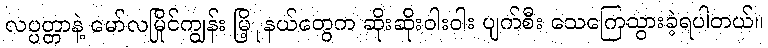
လပ္ပတ္တာနဲ့ မော်လမြိုင်ကျွန်း မြိ့ုနယ်တွေက ဆိုးဆိုးဝါးဝါး ပျက်စီး သေကြေသွားခဲ့ရပါတယ်။